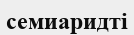
семиаридті